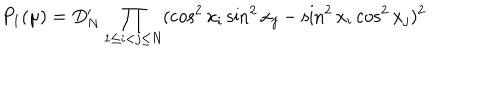
P _ { 1 } ( \mu ) = D _ { N } ^ { \prime } \prod _ { 1 \le i < j \le N } ( \cos ^ { 2 } x _ { i } \sin ^ { 2 } x _ { j } - \sin ^ { 2 } x _ { i } \cos ^ { 2 } x _ { j } ) ^ { 2 }